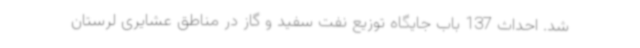
شد. احداث 137 باب جایگاه توزیع نفت سفید و گاز در مناطق عشایری لرستان